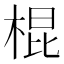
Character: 棍